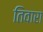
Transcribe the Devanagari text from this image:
तिवारा